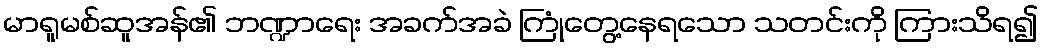
မာရူမစ်ဆူအန်၏ ဘဏ္ဍာရေး အခက်အခဲ ကြုံတွေ့နေရသော သတင်းကို ကြားသိရ၍